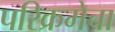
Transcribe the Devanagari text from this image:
परिक्रमेचा